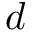
d